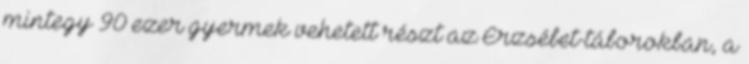
mintegy 90 ezer gyermek vehetett részt az Erzsébet-táborokban, a